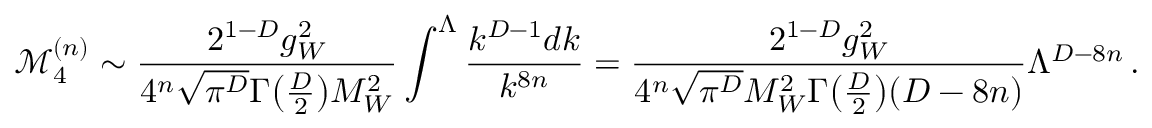
\mathcal { M } _ { 4 } ^ { ( n ) } \sim \frac { 2 ^ { 1 - D } g _ { W } ^ { 2 } } { 4 ^ { n } \sqrt { \pi ^ { D } } \Gamma \big ( \frac { D } { 2 } \big ) M _ { W } ^ { 2 } } \int ^ { \Lambda } \frac { k ^ { D - 1 } d k } { k ^ { 8 n } } = \frac { 2 ^ { 1 - D } g _ { W } ^ { 2 } } { 4 ^ { n } \sqrt { \pi ^ { D } } M _ { W } ^ { 2 } \Gamma \big ( \frac { D } { 2 } \big ) ( D - 8 n ) } \Lambda ^ { D - 8 n } \, .